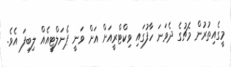
މީގެއިތުރުން މެޗުގެ ދެވަނަ ހާފުގައި ވިކްޓްރީއަށް އަށް ވަނީ ޕެނަލްޓީއެއް ލިބިފަ އެވެ.